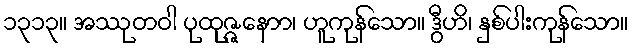
၁၃၁၃။ အဿုတဝါ ပုထုဇ္ဇနောာ၊ ဟူကုန်သော။ ဒွီဟိ၊ နှစ်ပါးကုန်သော။